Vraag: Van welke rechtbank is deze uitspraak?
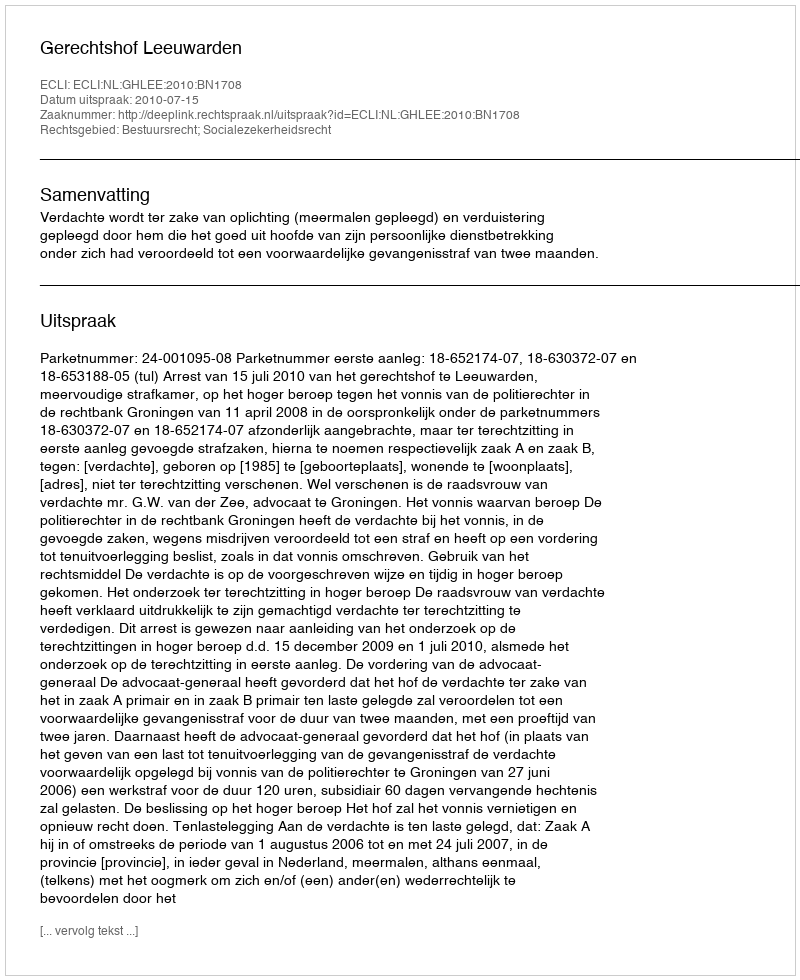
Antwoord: Gerechtshof Leeuwarden